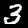
Digit: 3